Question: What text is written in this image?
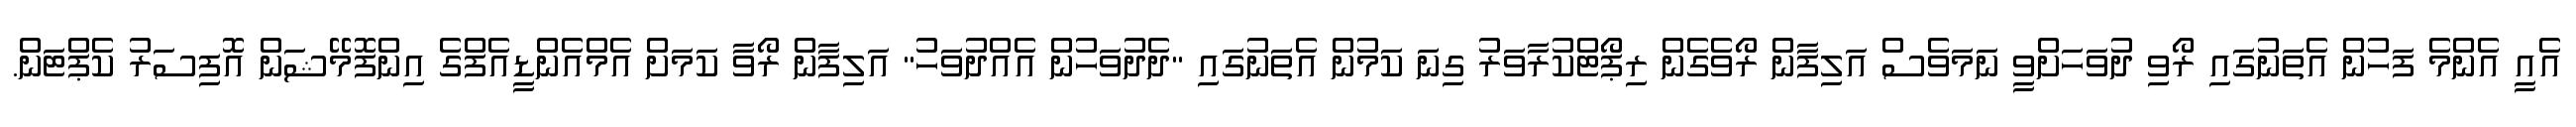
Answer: އެއީ އެންމެ ފަހުން އެތަނުގައި ރޯވި ދުވަހަށްވީ ނަމަވެސް އަލިފާން ރޯވެގެން ރިޕޯޓްކުރާވަރު ގިނަ ކަމުން އެތަނުގައި "ދެދުވަހުން އެއްދުވަހު" އަލިފާން ރޯވާ ކަމަށް އެމްއެންޑީއެފްގެ އިންފޮމޭޝަން އޮފިސަރު ކެޕްޓަން.